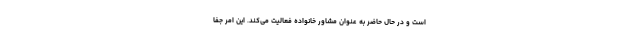
است و در حال حاضر به عنوان مشاور خانواده فعالیت می‌کند. این امر جفا